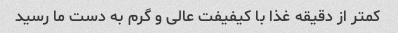
کمتر از دقیقه غذا با کیفیفت عالی و گرم به دست ما رسید